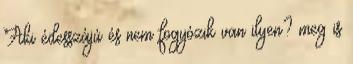
Aki édesszájú és nem fogyózik van ilyen? meg is